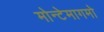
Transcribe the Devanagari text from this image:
मोन्टेमागमो